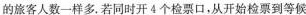
的旅客人数一样多。若同时开4个检票口，从开始检票到等候